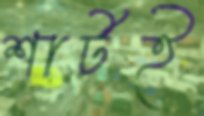
শার্টই